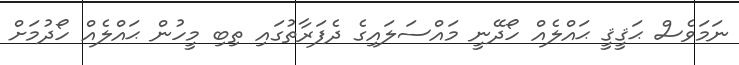
ނަމަވެސް ޙަޤީޤީ ޙައްލެއް ހޯދޭނީ މައްސަލައިގެ ދެފަރާތުގައި ތިބި މީހުން ޙައްލެއް ހޯދުމަށް